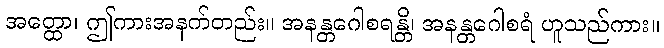
အတ္ထော၊ ဤကားအနက်တည်း။ အနန္တဂေါစရန္တိ၊ အနန္တဂေါစရံ ဟူသည်ကား။